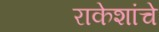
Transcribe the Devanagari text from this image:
राकेशांचे